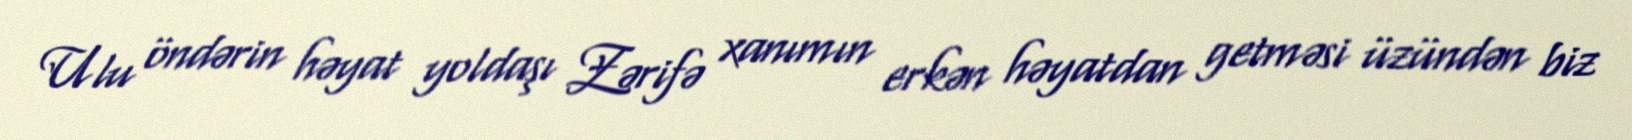
Ulu öndərin həyat yoldaşı Zərifə xanımın erkən həyatdan getməsi üzündən biz